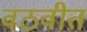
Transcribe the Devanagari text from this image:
वठवीत